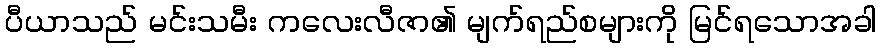
ပီယာသည် မင်းသမီး ကလေးလီဇာ၏ မျက်ရည်စများကို မြင်ရသောအခါ